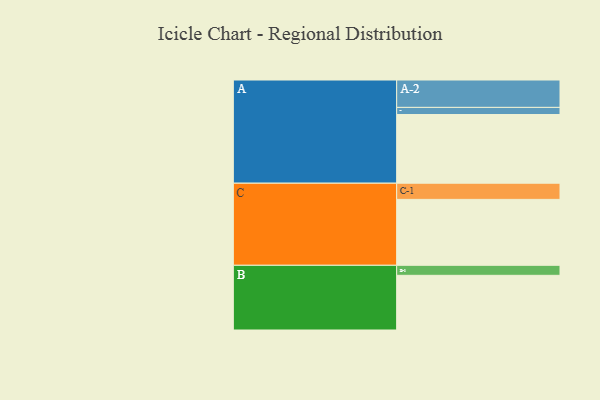
{"axis": {"x": "Segment", "y": "Value"}, "legend": ["", "A", "B", "C"], "data": [{"x": "A", "y": 569, "type": ""}, {"x": "B", "y": 453, "type": ""}, {"x": "C", "y": 546, "type": ""}, {"x": "A-1", "y": 59, "type": "A"}, {"x": "A-2", "y": 227, "type": "A"}, {"x": "B-1", "y": 83, "type": "B"}, {"x": "C-1", "y": 134, "type": "C"}]}